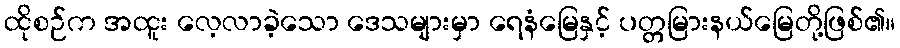
ထိုစဉ်က အထူး လေ့လာခဲ့သော ဒေသများမှာ ရေနံမြေနှင့် ပတ္တမြားနယ်မြေတို့ဖြစ်၏။